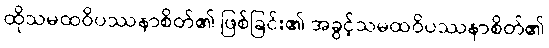
ထိုသမထဝိပဿနာစိတ်၏ ဖြစ်ခြင်း၏ အခွင့်သမထဝိပဿနာစိတ်၏